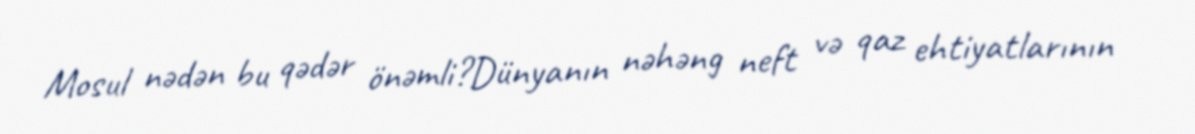
Mosul nədən bu qədər önəmli?Dünyanın nəhəng neft və qaz ehtiyatlarının